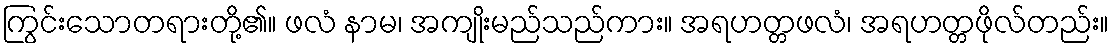
ကြွင်းသောတရားတို့၏။ ဖလံ နာမ၊ အကျိုးမည်သည်ကား။ အရဟတ္တဖလံ၊ အရဟတ္တဖိုလ်တည်း။